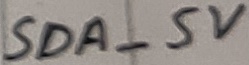
Text: SDA_5V